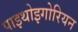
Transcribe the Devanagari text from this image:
पाइथोइगोरियन